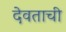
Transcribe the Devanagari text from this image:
देवताची